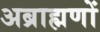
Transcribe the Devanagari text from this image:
अब्राह्मणों